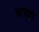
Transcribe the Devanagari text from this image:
वापडा